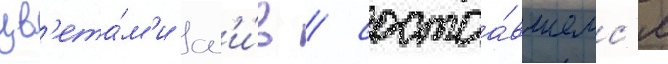
цв'ета́м'и сл'и́в / состоа́вшемс'я